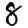
Digit: 8